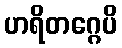
ဟရိတဂ္ဂေပိ